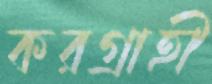
করগ্রাহী